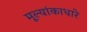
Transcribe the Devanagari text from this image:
मूल्यांकाधारे